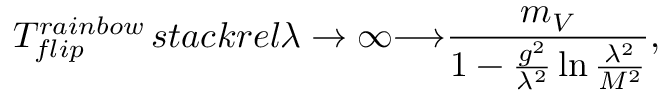
T _ { f l i p } ^ { r a i n b o w } \, s t a c k r e l { \lambda \rightarrow \infty } { \longrightarrow } \frac { m _ { V } } { 1 - \frac { g ^ { 2 } } { \lambda ^ { 2 } } \ln \frac { \lambda ^ { 2 } } { M ^ { 2 } } } ,